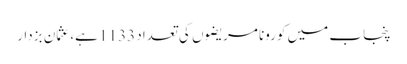
پنجاب میں کورونا مریضوں کی تعداد 1133 ہے، عثمان بزدار